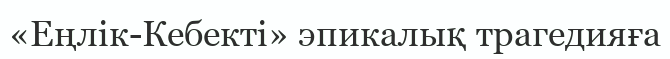
«Еңлік-Кебекті» эпикалық трагедияға